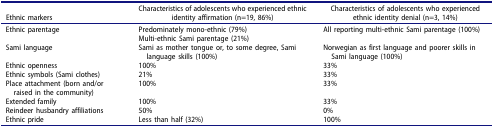
<table><thead><tr><td><b>Ethnic markers</b></td><td><b>Characteristics of adolescents who experienced ethnic identity affirmation (n=19, 86%)</b></td><td><b>Characteristics of adolescents who experienced ethnic identity denial (n=3, 14%)</b></td></tr></thead><tbody><tr><td rowspan="2">Ethnic parentage</td><td>Predominately mono-ethnic (79%)</td><td>All reporting multi-ethnic Sami parentage (100%)</td></tr><tr><td>Multi-ethnic Sami parentage (21%)</td><td> </td></tr><tr><td>Sami language</td><td>Sami as mother tongue or, to some degree, Sami language skills (100%)</td><td>Norwegian as first language and poorer skills in Sami language (100%)</td></tr><tr><td>Ethnic openness</td><td>100%</td><td>33%</td></tr><tr><td>Ethnic symbols (Sami clothes)</td><td>21%</td><td>33%</td></tr><tr><td>Place attachment (born and/or raised in the community)</td><td>100%</td><td>33%</td></tr><tr><td>Extended family</td><td>100%</td><td>33%</td></tr><tr><td>Reindeer husbandry affiliations</td><td>50%</td><td>0%</td></tr><tr><td>Ethnic pride</td><td>Less than half (32%)</td><td>100%</td></tr></tbody></table>